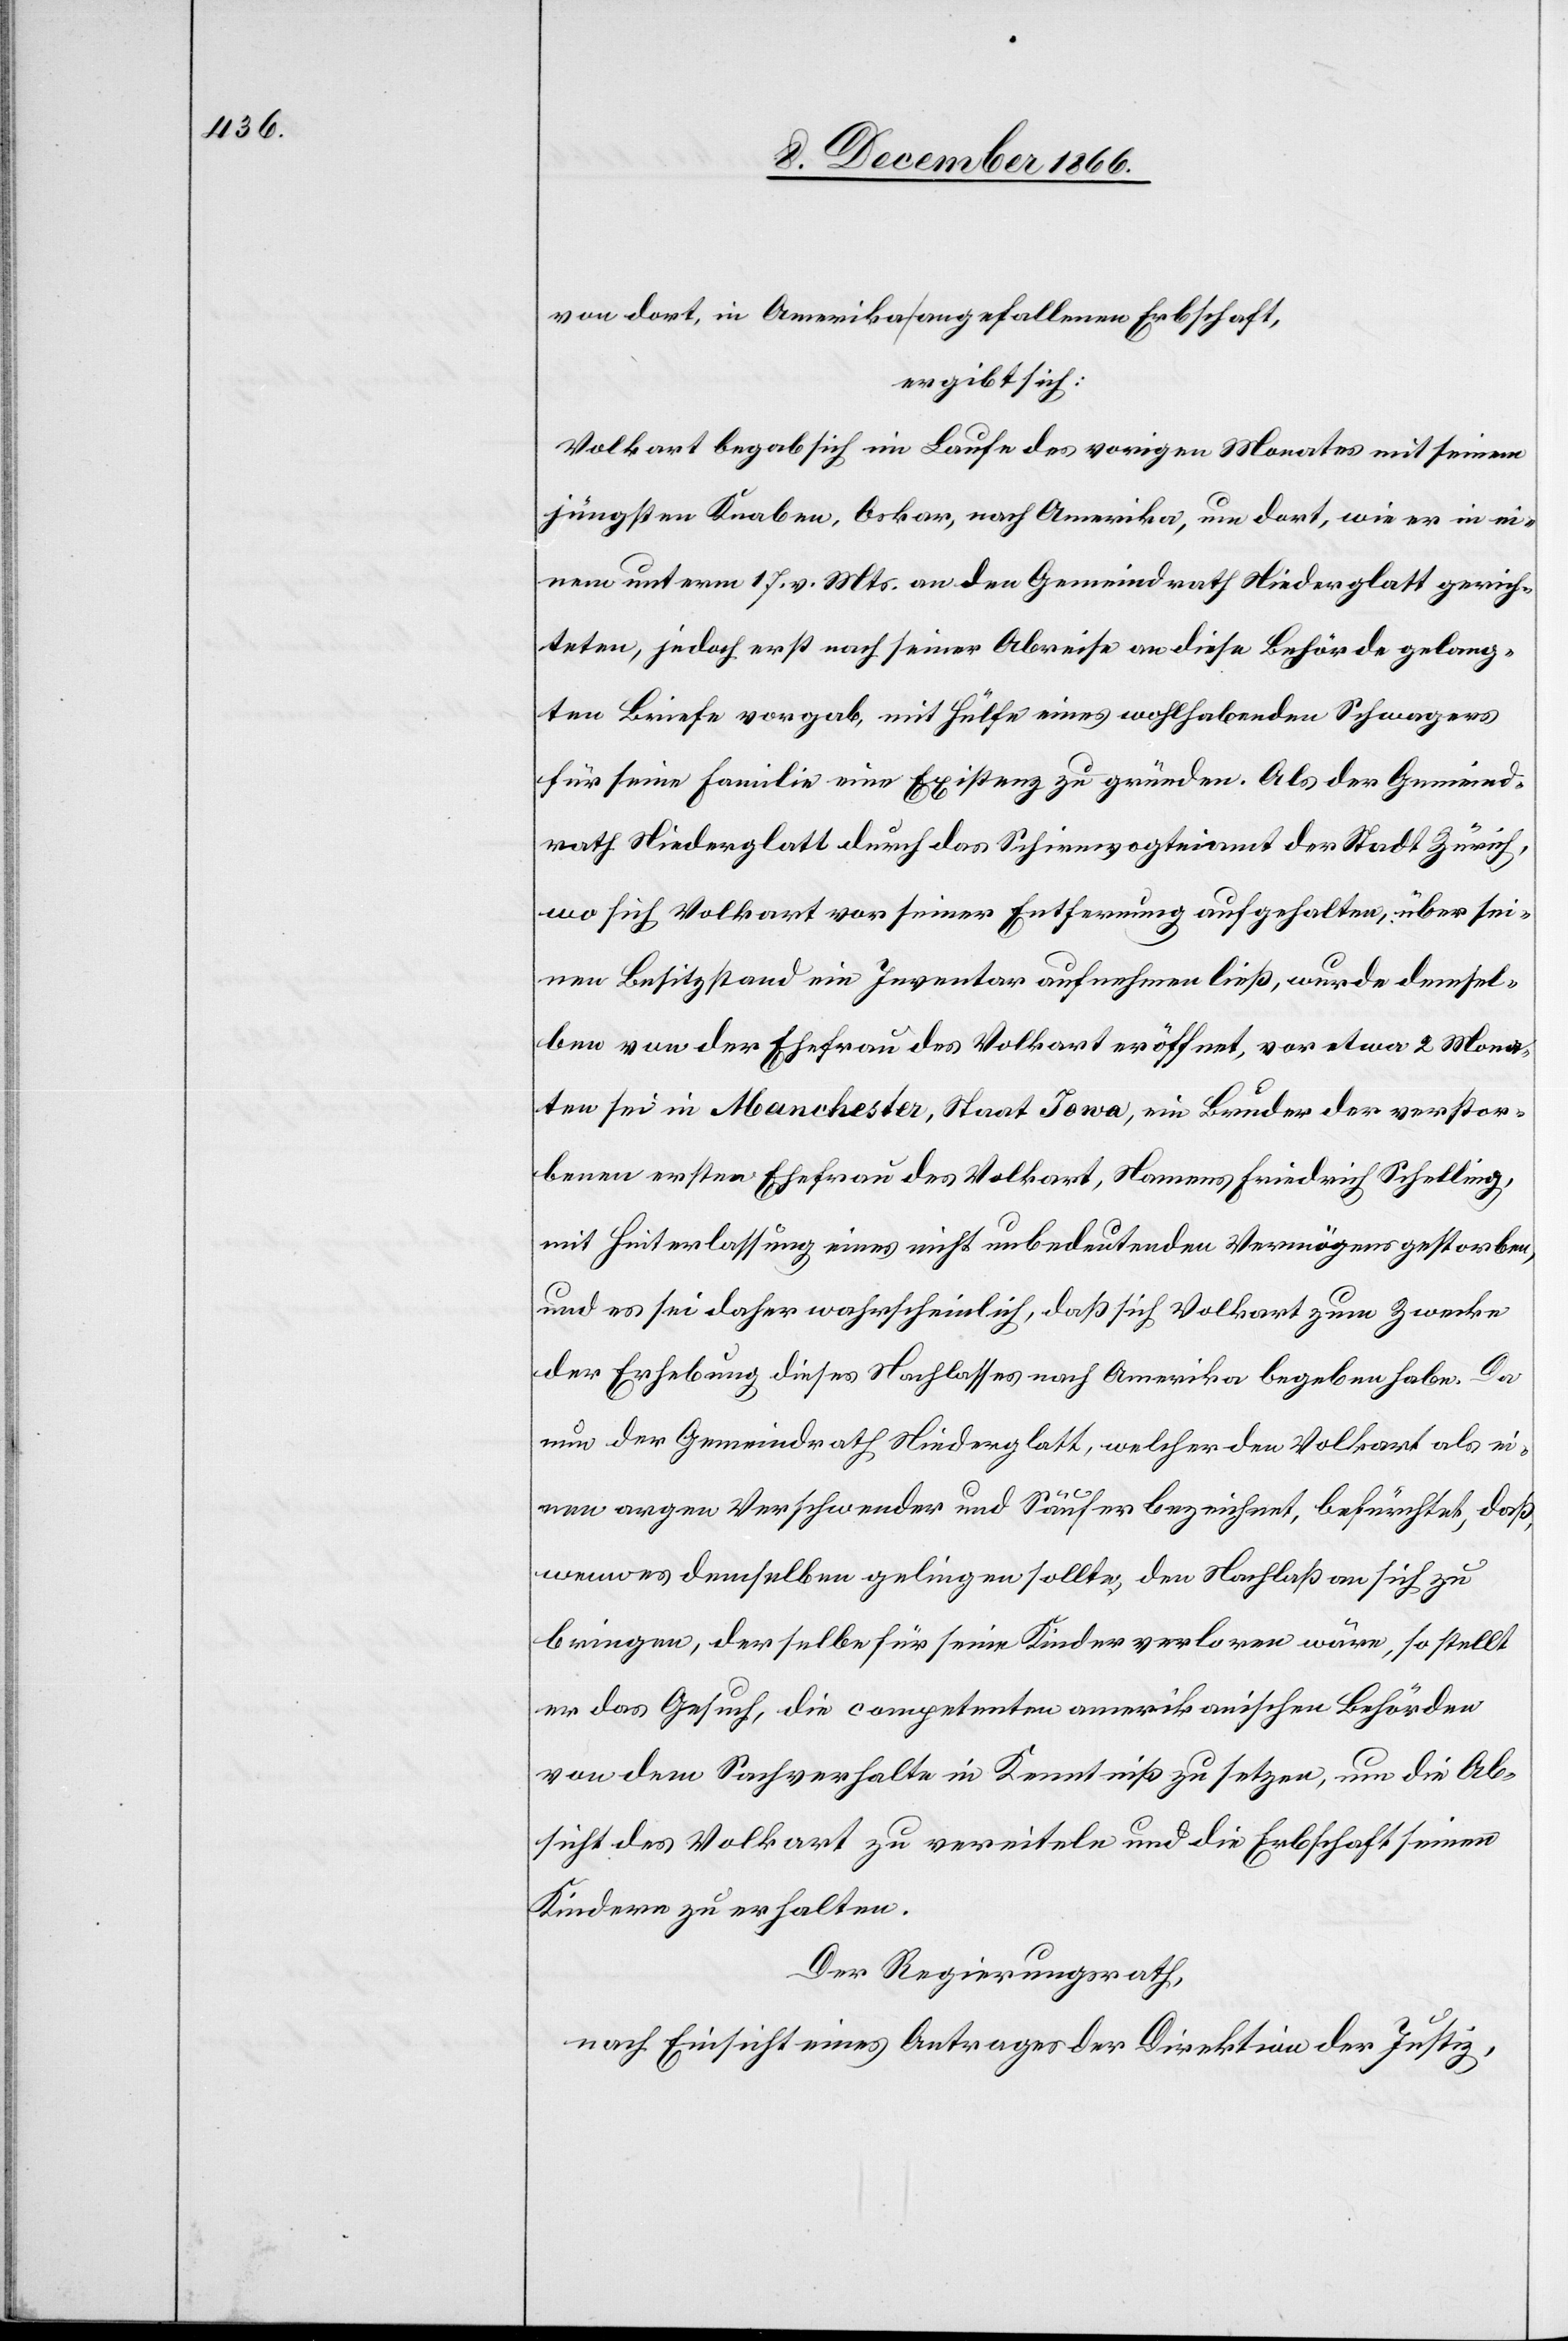
von dort, in Amerika angefallenen Erbschaft,
ergibt sich:
Volkart begab sich im Laufe des vorigen Monates mit seinem
jüngsten Knaben, Oskar, nach Amerika, um dort, wie er in ei¬
nem unterm 17. v. Mts. an den Gemeindrath Niederglatt gerich¬
teten, jedoch erst nach seiner Abreise an diese Behörde gelang¬
ten Briefe vorgab, mit Hülfe eines wohlhabenden Schwagers
für seine Familie eine Existenz zu gründen. Als der Gemeind¬
rath Niederglatt durch das Schirmvogteiamt der Stadt Zürich,
wo sich Volkart vor seiner Entfernung aufgehalten, über sei¬
nen Besitzstand ein Inventar aufnehmen ließ, wurde demsel¬
ben von der Ehefrau des Volkart eröffnet, vor etwa 2 Mona¬
ten sei in Manchester, Staat Iowa, ein Bruder der verstor¬
benen ersten Ehefrau des Volkart, Namens Friedrich Schelling,
mit Hinterlassung eines nicht unbedeutenden Vermögens gestorben,
und es sei daher wahrscheinlich, daß sich Volkart zum Zwecke
der Erhebung dieses Nachlasses nach Amerika begeben habe. Da
nun der Gemeindrath Niederglatt, welcher den Volkart als ei¬
nen argen Verschwender und Säufer bezeichnet, befürchtet, daß,
wenn es demselben gelingen sollte, den Nachlaß an sich zu
bringen, derselbe für seine Kinder verloren wäre, so stellt
er das Gesuch, die competenten amerikanischen Behörden
von dem Sachverhalte in Kenntniß zu setzen, um die Ab¬
sicht des Volkart zu vereiteln und die Erbschaft seinen
Kindern zu erhalten.
Der Regierungsrath,
nach Einsicht eines Antrages der Direktion der Justiz,